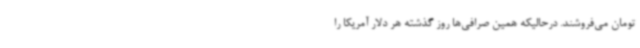
تومان می‌فروشند. درحالیکه همین صرافی‌ها روز گذشته هر دلار آمریکا را